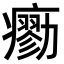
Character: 𤺼